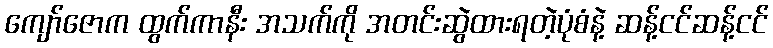
ကျော်ဇောက ထွက်ကာနီး အသက်ကို အတင်းဆွဲထားရတဲ့ပုံစံနဲ့ ဆန့်ငင်ဆန့်ငင်